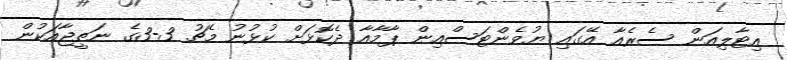
އިޓާލިއަން ސެރެއާ އޭގައި ޔުވެންޓަސްއިން ޕާމާއާ ދެކޮޅަށް ކުޅުނު މެޗު 3-3ގެ ނަތީޖާއަކުން